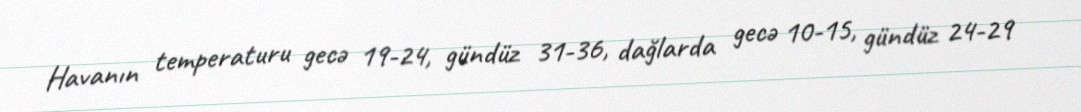
Havanın temperaturu gecə 19-24, gündüz 31-36, dağlarda gecə 10-15, gündüz 24-29